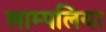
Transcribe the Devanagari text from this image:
लाम्पलिया